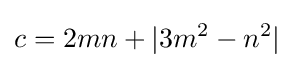
c=2mn+|3m^{2}-n^{2}|